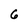
Character: 6